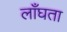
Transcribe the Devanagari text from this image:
लाँघता